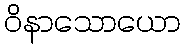
ဝိနာသောယော